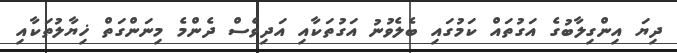
ދިޔަ އިންގިލާބުގެ އަގުތައް ކަމުގައި ބެލެވުނު އަގުތަކާއި އަދިވެސް ދެންމެ މިނަންގަތް ޚިޔާލުތަކާއި